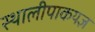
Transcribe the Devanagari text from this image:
स्थालीपाकयज्ञ